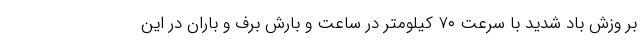
بر وزش باد شدید با سرعت ۷۰ کیلومتر در ساعت و بارش برف و باران در این